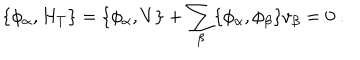
LaTeX: \{ \phi _ { \alpha } , H _ { T } \} = \{ \phi _ { \alpha } , V \} + \sum _ { \beta } \{ \phi _ { \alpha } , \phi _ { \beta } \} v _ { \beta } = 0 \ .